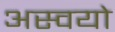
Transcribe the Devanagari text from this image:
अस्वयो